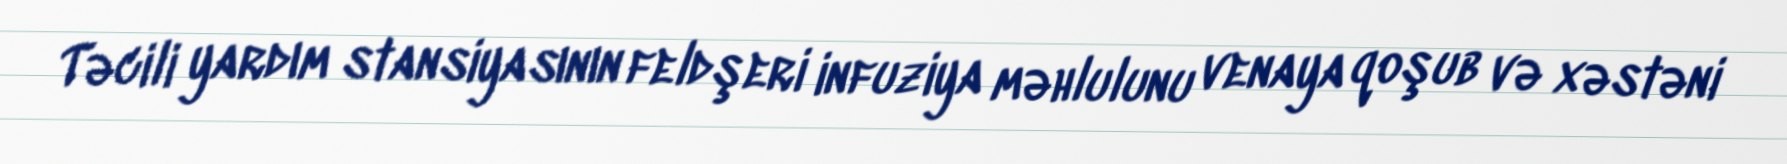
Təcili yardım stansiyasının feldşeri infuziya məhlulunu venaya qoşub və xəstəni